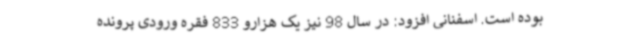
بوده است. اسفنانی افزود: در سال 98 نیز یک هزارو 833 فقره ورودی پرونده